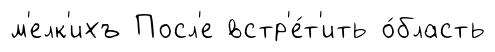
м'елк'ихъ Посл'е встр'е́т'ить о́бласть